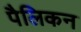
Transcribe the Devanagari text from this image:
पैलिकन